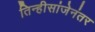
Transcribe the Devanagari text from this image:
तिन्हीसांजेनंतर